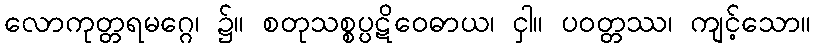
လောကုတ္တရမဂ္ဂေ၊ ၌။ စတုသစ္စပ္ပဋိဝေဓာယ၊ ငှါ။ ပဝတ္တဿ၊ ကျင့်သော။